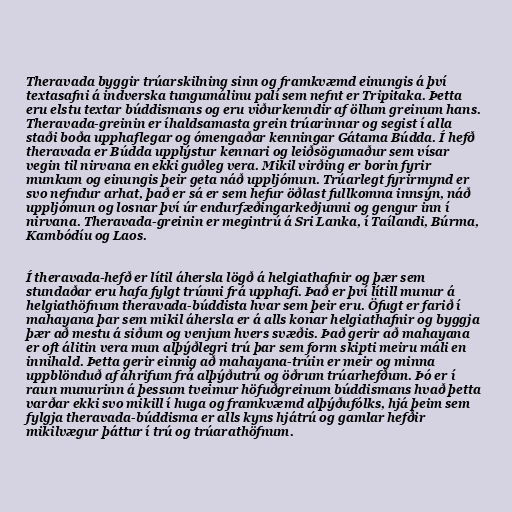
Theravada byggir trúarskilning sinn og framkvæmd einungis á því
textasafni á indverska tungumálinu palí sem nefnt er Tripitaka. Þetta
eru elstu textar búddismans og eru viðurkenndir af öllum greinum hans.
Theravada-greinin er íhaldsamasta grein trúarinnar og segist í alla
staði boða upphaflegar og ómengaðar kenningar Gátama Búdda. Í hefð
theravada er Búdda upplýstur kennari og leiðsögumaður sem vísar
vegin til nirvana en ekki guðleg vera. Mikil virðing er borin fyrir
munkum og einungis þeir geta náð uppljómun. Trúarlegt fyrirmynd er
svo nefndur arhat, það er sá er sem hefur öðlast fullkomna innsýn, náð
uppljómun og losnar því úr endurfæðingarkeðjunni og gengur inn í
nirvana. Theravada-greinin er megintrú á Sri Lanka, í Taílandi, Búrma,
Kambódíu og Laos.

Í theravada-hefð er lítil áhersla lögð á helgiathafnir og þær sem
stundaðar eru hafa fylgt trúnni frá upphafi. Það er því lítill munur á
helgiathöfnum theravada-búddista hvar sem þeir eru. Öfugt er farið í
mahayana þar sem mikil áhersla er á alls konar helgiathafnir og byggja
þær að mestu á siðum og venjum hvers svæðis. Það gerir að mahayana
er oft álitin vera mun alþýðlegri trú þar sem form skipti meiru máli en
innihald. Þetta gerir einnig að mahayana-trúin er meir og minna
uppblönduð af áhrifum frá alþýðutrú og öðrum trúarhefðum. Þó er í
raun munurinn á þessum tveimur höfuðgreinum búddismans hvað þetta
varðar ekki svo mikill í huga og framkvæmd alþýðufólks, hjá þeim sem
fylgja theravada-búddisma er alls kyns hjátrú og gamlar hefðir
mikilvægur þáttur í trú og trúarathöfnum.